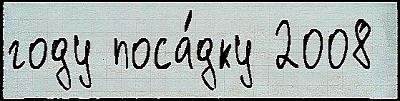
году поса́дку 2008